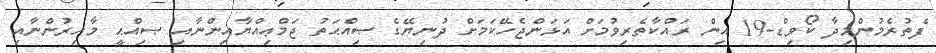
ފެތުރެމުންމިދާ ކޯވިޑް-19 އިން ރައްކާތެރިވުމަށް އަޅަންޖެހޭކަމަށް ދުނިޔޭގެ ޞިއްޙަތު ޖަމްޢިއްޔާއިންނާއި ޞިއްޙީ މާހިރުންނާއި